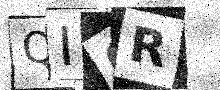
Text: QI6R